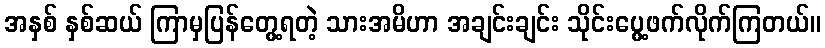
အနှစ် နှစ်ဆယ် ကြာမှပြန်တွေ့ရတဲ့ သားအမိဟာ အချင်းချင်း သိုင်းပွေ့ဖက်လိုက်ကြတယ်။